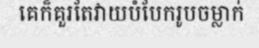
គេក៏គួរតែវាយបំបែករូបចម្លាក់